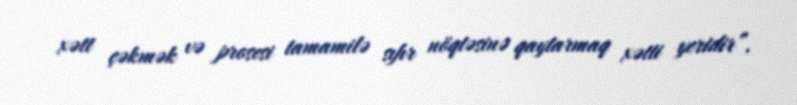
xətt çəkmək və prosesi tamamilə sıfır nöqtəsinə qaytarmaq xətti yeridir”.